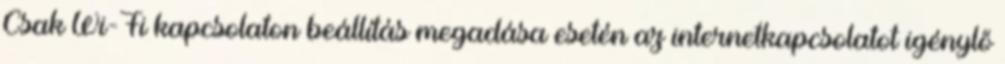
Csak Wi-Fi kapcsolaton beállítás megadása esetén az internetkapcsolatot igénylő